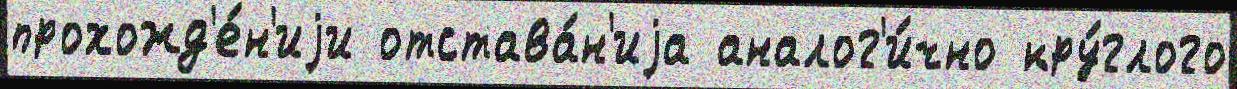
прохожд'е́н'иjи отстава́н'иjа аналог'и́чно кру́глого